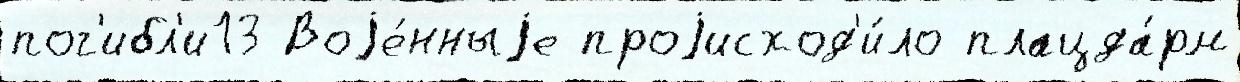
пог'ибл'и13 Воjе́нныjе проjисход'и́ло плацда́рм